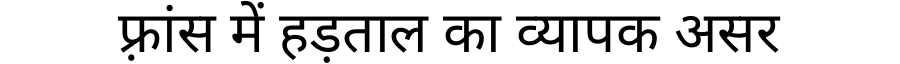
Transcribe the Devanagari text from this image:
फ़्रांस में हड़ताल का व्यापक असर